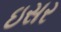
ઇસર